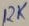
Text: 12K